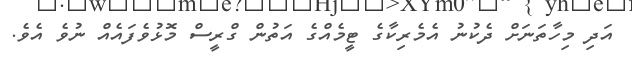
އަދި މިހާތަނަށް ދެކުނު އެމެރިކާގެ ޓީމެއްގެ އަތުން ގްރީސް މޮޅުވެފައެއް ނުވެ އެވެ.